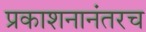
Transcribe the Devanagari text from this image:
प्रकाशनानंतरच